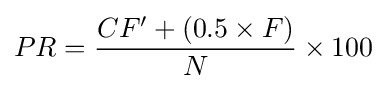
PR={\frac {CF'+(0.5\times F)}{N}}\times 100